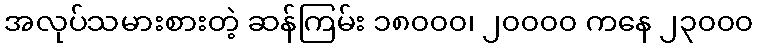
အလုပ်သမားစားတဲ့ ဆန်ကြမ်း ၁၈၀၀၀၊ ၂၀၀၀၀ ကနေ ၂၃၀၀၀